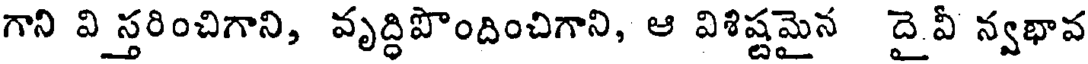
గాని వి స్తరించిగాని, వృద్ధిపొందించిగాని, ఆ విశిష్టమైన దై వీ న్వభావ